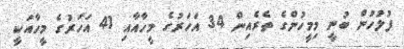
ފުލުހުން ބުނީ މިމީހުންގެ ތެރެއިން 34 އަހަރުގެ މީހާއާއިިިިި 41 އަހަރުގެ މީހާއަކީ